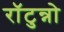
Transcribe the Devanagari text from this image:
राॅटुन्नो